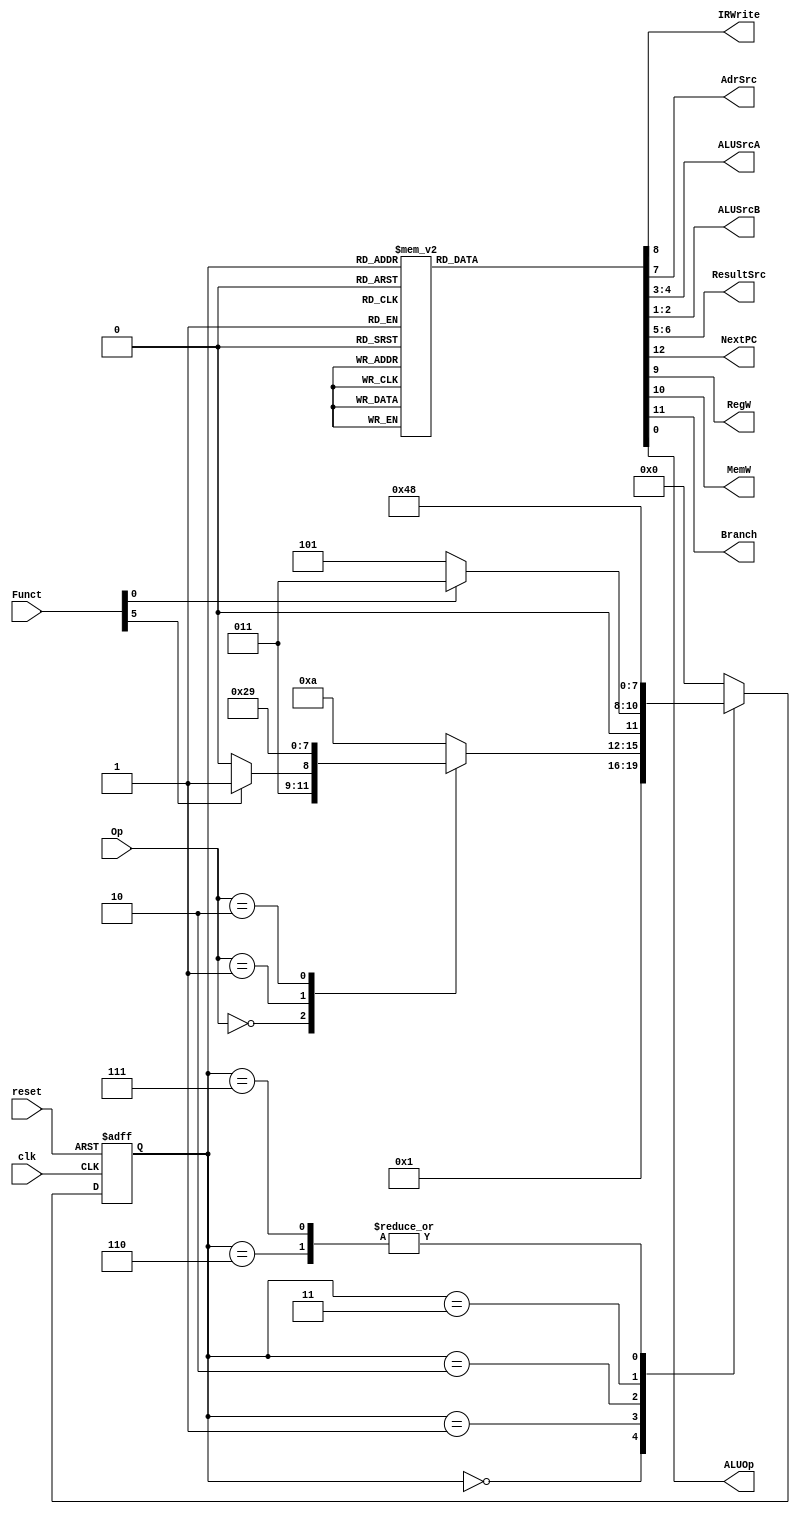
// vim: set expandtab:

module mainfsm (
    clk,
    reset,
    Op,
    Funct,
    IRWrite,
    AdrSrc,
    ALUSrcA,
    ALUSrcB,
    ResultSrc,
    NextPC,
    RegW,
    MemW,
    Branch,
    ALUOp
);
    input wire clk;
    input wire reset;
    input wire [1:0] Op;
    input wire [5:0] Funct;
    output wire IRWrite;
    output wire AdrSrc;
    output wire [1:0] ALUSrcA;
    output wire [1:0] ALUSrcB;
    output wire [1:0] ResultSrc;
    output wire NextPC;
    output wire RegW;
    output wire MemW;
    output wire Branch;
    output wire ALUOp;
    reg [3:0] state;
    reg [3:0] nextstate;
    reg [12:0] controls;

    localparam [3:0] FETCH    = 0;
    localparam [3:0] DECODE   = 1;
    localparam [3:0] MEMADR   = 2;
    localparam [3:0] MEMRD    = 3;
    localparam [3:0] MEMWB    = 4;
    localparam [3:0] MEMWR    = 5;
    localparam [3:0] EXECUTER = 6;
    localparam [3:0] EXECUTEI = 7;
    localparam [3:0] ALUWB    = 8;
    localparam [3:0] BRANCH   = 9;
    localparam [3:0] UNKNOWN  = 10;

    // state register
    always @(posedge clk or posedge reset)
        if (reset)
            state <= FETCH;
        else
            state <= nextstate;


    // ADD CODE BELOW
      // Finish entering the next state logic below.  We've completed the
      // first two states, FETCH and DECODE, for you.

      // next state logic
    always @(*)
        casex (state)
            FETCH: nextstate = DECODE;
            DECODE:
                case (Op)
                    2'b00:
                        if (Funct[5])
                            nextstate = EXECUTEI;
                        else
                            nextstate = EXECUTER;
                    2'b01: nextstate = MEMADR;
                    2'b10: nextstate = BRANCH;
                    default: nextstate = UNKNOWN;
                endcase
            MEMADR:
                if(Funct[0])
                    nextstate = MEMRD;
                else
                    nextstate = MEMWR;
            MEMRD:    nextstate = MEMWB;
            MEMWB:    nextstate = FETCH;
            MEMWR:    nextstate = FETCH;
            EXECUTER: nextstate = ALUWB;
            EXECUTEI: nextstate = ALUWB;
            ALUWB:    nextstate = FETCH;
            BRANCH:   nextstate = FETCH;
            default:  nextstate = FETCH;
        endcase

    // ADD CODE BELOW
    // Finish entering the output logic below.  We've entered the
    // output logic for the first two states, FETCH and DECODE, for you.

    // state-dependent output logic
    always @(*)
        case (state)
            FETCH: controls    = 13'b1000101001100;
            DECODE: controls   = 13'b0000001001100;
            EXECUTER: controls = 13'b0001001000001;
            EXECUTEI: controls = 13'b0000000000011;
            ALUWB: controls    = 13'b0001000000000;
            MEMADR: controls   = 13'b0000000000010;
            MEMWR: controls    = 13'b0010010000000;
            MEMRD: controls    = 13'b0000010000000;
            MEMWB: controls    = 13'b0001000100000;
            BRANCH: controls   = 13'b0100001010010;
            default: controls  = 13'bxxxxxxxxxxxxx;
        endcase
    assign {NextPC, Branch, MemW, RegW, IRWrite, AdrSrc, ResultSrc, ALUSrcA, ALUSrcB, ALUOp} = controls;
endmodule